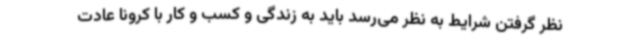
نظر گرفتن شرایط به نظر می‌رسد باید به زندگی و کسب و کار با کرونا عادت